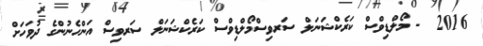
2016  - މޯލްޑިވްސް ކަރެކްޝަނަލް ސަރވިސްމޯލްޑިވްސް ކަރެކްޝަނަލް ސަރވިސް އަންހެނުންގެ ދުވަހަށް